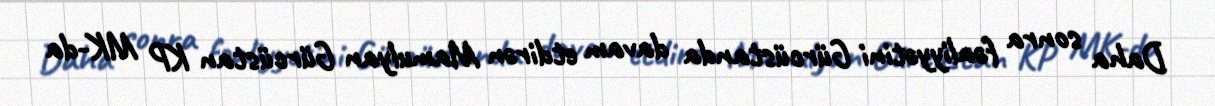
Daha sonra fəaliyyətini Gürcüstanda davam etdirən Mamulyan Gürcüstan KP MK-da